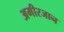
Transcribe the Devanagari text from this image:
अमीरजान